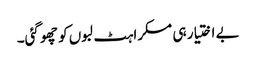
بے اختیار ہی مسکراہٹ لبوں کو چھو گئی۔